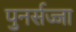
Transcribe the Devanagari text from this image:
पुनर्सज्जा